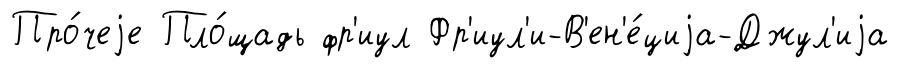
Про́чеjе Пло́щадь фр'иул Фр'иул'и-В'ен'е́циjа-Джул'иjа